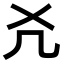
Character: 𠘮